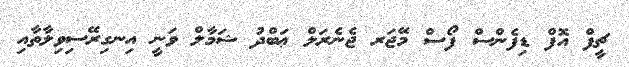
ޗީފް އޮފް ޑިފެންސް ފޯސް މޭޖަރ ޖެނެރަލް ޢަބްދު ޝަމާލް ވަނީ އިނގިރޭސިވިލާތާއި